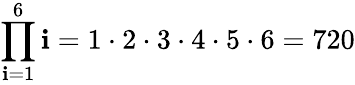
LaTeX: \prod_{\mathbf{i}=1}^{6}\mathbf{i}=1\cdot2\cdot3\cdot4\cdot5\cdot6=720